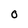
Character: o